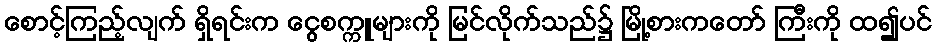
စောင့်ကြည့်လျက် ရှိရင်းက ငွေစက္ကူများကို မြင်လိုက်သည်၌ မြို့စားကတော် ကြီးကို ထ၍ပင်